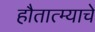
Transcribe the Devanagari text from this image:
हौतात्म्याचे